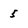
Character: 5